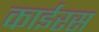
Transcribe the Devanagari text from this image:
काईरस